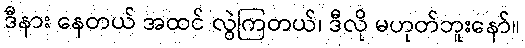
ဒီနား နေတယ် အထင် လွဲကြတယ်၊ ဒီလို မဟုတ်ဘူးနော်။